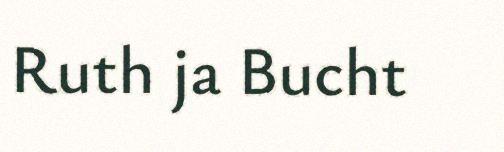
Ruth ja Bucht